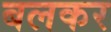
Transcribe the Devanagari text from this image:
बलकर